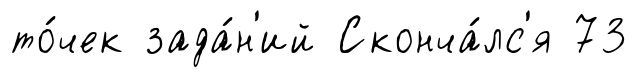
то́чек зада́н'ий Сконча́лс'я 73